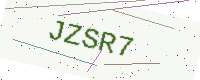
Text: JZSR7